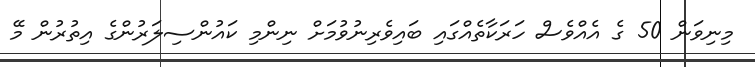
މިނިވަން 50 ގެ އެއްވެސް ހަރަކާތެއްގައި ބައިވެރިނުވުމަށް ނިންމި ކައުންސިލަރުންގެ އިތުރުން މޭ